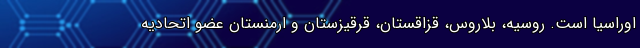
اوراسیا است. روسیه، بلاروس، قزاقستان، قرقیزستان و ارمنستان عضو اتحادیه